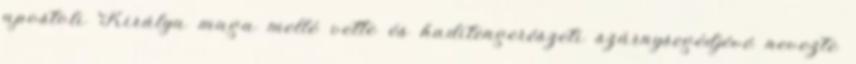
apostoli Királya maga mellé vette és haditengerészeti szárnysegédjévé nevezte